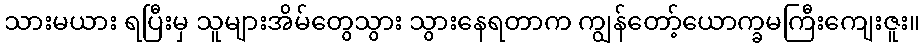
သားမယား ရပြီးမှ သူများအိမ်တွေသွား သွားနေရတာက ကျွန်တော့်ယောက္ခမကြီးကျေးဇူး။